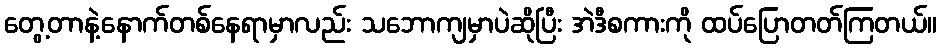
တွေ့တာနဲ့နောက်တစ်နေရာမှာလည်း သဘောကျမှာပဲဆိုပြီး အဲဒီစကားကို ထပ်ပြောတတ်ကြတယ်။